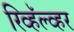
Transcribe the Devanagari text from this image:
रिव्हॅल्व्हर